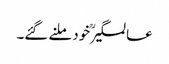
عالمگیرؒ خود ملنے گئے۔